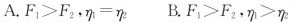
A.$$F _ { 1 } > F _ { 2 }$$，$$η _ { 1 } = η _ { 2 }$$ B.$$F _ { 1 } > F _ { 2 }$$，$$η _ { 1 } > η _ { 2 }$$